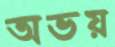
অভয়